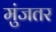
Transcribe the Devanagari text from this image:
मुंजतर